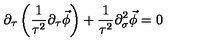
\partial _ { \tau } \left( \frac { 1 } { \tau ^ { 2 } } \partial _ { \tau } \vec { \phi } \right) + \frac { 1 } { \tau ^ { 2 } } \partial _ { \sigma } ^ { 2 } \vec { \phi } = 0